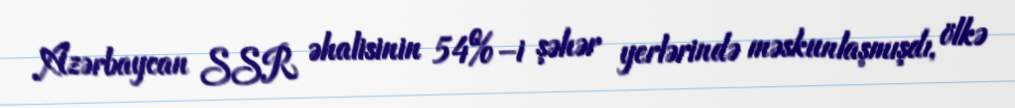
Azərbaycan SSR əhalisinin 54%–i şəhər yerlərində məskunlaşmışdı, ölkə